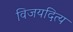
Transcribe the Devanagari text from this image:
विजयदित्य